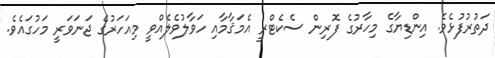
ދަތުރުފުޅެވެ. އިންޑިޔާގެ މިހާރުގެ ފޮރިން ސެކެޓްރީ އެމަޤާމާއި ހަވާލުވެލެއްވީ މިއަހަރުގެ ޖަނަވަރީ މަހުގައެވެ.